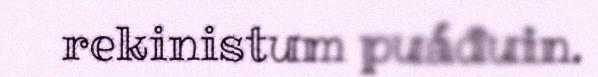
rekinistum puáđuin.